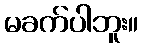
မခက်ပါဘူး။